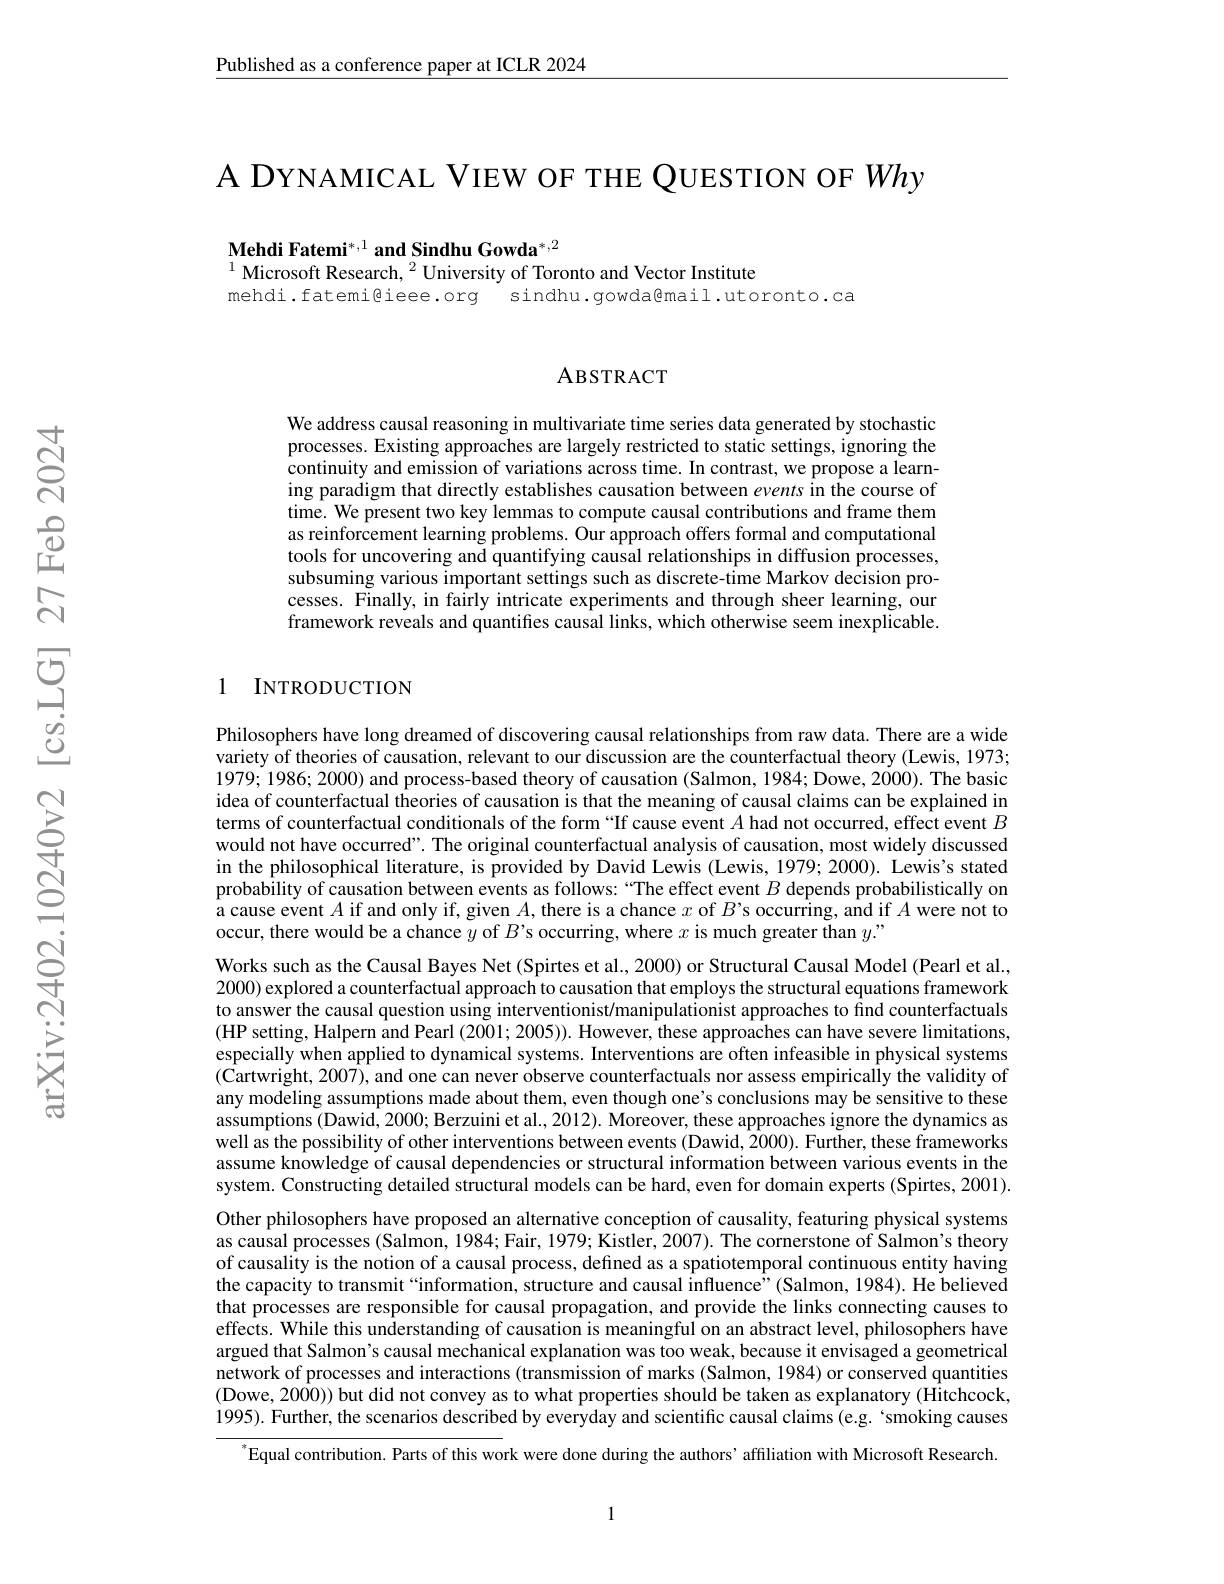
Published as a conference paper at ICLR 2024

A DYNAMICAL VIEW OF THE QUESTION OF Why

$\textbf{Mehdi Fatemi}^{*,1}\textbf{ and Sindhu Gowda}^{*,2}$
$^{1}$ Microsoft Research, $^2$ University of Toronto and Vector Institute

mehdi.fatemi@ieee.org
sindhu.gowda@mail.utoronto.ca

### ABSTRACT

We address causal reasoning in multivariate time series data generated by stochastic processes. Existing approaches are largely restricted to static settings, ignoring the continuity and emission of variations across time. In contrast, we propose a learning paradigm that directly establishes causation between events in the course of time. We present two key lemmas to compute causal contributions and frame them as reinforcement learning problems. Our approach offers formal and computational tools for uncovering and quantifying causal relationships in diffusion processes, subsuming various important settings such as discrete-time Markov decision processes. Finally, in fairly intricate experiments and through sheer learning, our framework reveals and quantifes causal links, which otherwise seem inexplicable.

### 1 INTRODUCTION

Philosophers have long dreamed of discovering causal relationships from raw data. There are a wide variety of theories of causation, relevant to our discussion are the counterfactual theory (Lewis, 1973; 1979;1986;2000) and process-based theory of causation (Salmon, 1984; Dowe, 2000). The basic idea of counterfactual theories of causation is that the meaning of causal claims can be explained in terms of counterfactual conditionals of the form“If cause event $A$ had not occurred, effect event $B$ would not have occurred". The original counterfactual analysis of causation, most widely discussed in the philosophical literature, is provided by David Lewis (Lewis, 1979; 2000). Lewis's stated probability of causation between events as follows: “The effect event $B$ depends probabilistically on a cause event $A$ if and only if, given $A$, there is a chance $x$ of $B’$s occurring, and if $A$ were not to occur, there would be a chance $y$ of $B’$s occurring, where $x$ is much greater than $y.”$
Works such as the Causal Bayes Net (Spirtes et al., 2000) or Structural Causal Model (Pearl et al., 2000) explored a counterfactual approach to causation that employs the structural equations framework to answer the causal question using interventionist/manipulationist approaches to find counterfactuals (HP setting, Halpern and Pearl (2001;2005)). However, these approaches can have severe limitations, especially when applied to dynamical systems. Interventions are often infeasible in physical systems (Cartwright, 2007), and one can never observe counterfactuals nor assess empirically the validity of any modeling assumptions made about them, even though one's conclusions may be sensitive to these assumptions (Dawid, 2000; Berzuini et al., 2012). Moreover, these approaches ignore the dynamics as well as the possibility of other interventions between events (Dawid, 2000). Further, these frameworks assume knowledge of causal dependencies or structural information between various events in the system. Constructing detailed structural models can be hard, even for domain experts (Spirtes, 2001). Other philosophers have proposed an alternative conception of causality, featuring physical systems as causal processes (Salmon, 1984; Fair, 1979; Kistler, 2007). The cornerstone of Salmon's theory of causality is the notion of a causal process, defined as a spatiotemporal continuous entity having the capacity to transmit“information, structure and causal influence”(Salmon, 1984). He believed that processes are responsible for causal propagation, and provide the links connecting causes to effects. While this understanding of causation is meaningful on an abstract level, philosophers have argued that Salmon's causal mechanical explanation was too weak, because it envisaged a geometrical network of processes and interactions (transmission of marks (Salmon, 1984) or conserved quantities (Dowe, 2000)) but did not convey as to what properties should be taken as explanatory (Hitchcock, 1995). Further, the scenarios described by everyday and scientific causal claims (e.g. `smoking causes
$^*$Equal contribution. Parts of this work were done during the authors' affiliation with Microsoft Research

1